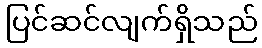
ပြင်ဆင်လျက်ရှိသည်